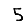
Digit: 5